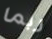
ربما